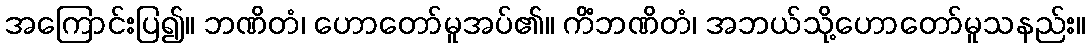
အကြောင်းပြ၍။ ဘဏိတံ၊ ဟောတော်မူအပ်၏။ ကိံဘဏိတံ၊ အဘယ်သို့ဟောတော်မူသနည်း။